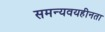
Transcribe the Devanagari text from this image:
समन्यवयहीनता